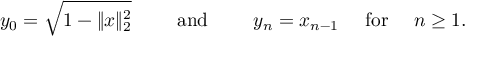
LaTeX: y _ { 0 } = { \sqrt { 1 - \| x \| _ { 2 } ^ { 2 } } } \qquad { \mathrm { ~ a n d ~ } } \qquad y _ { n } = x _ { n - 1 } \quad { \mathrm { ~ f o r ~ } } \quad n \geq 1 .